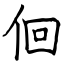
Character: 佪